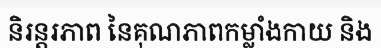
និរន្តរភាព នៃគុណភាពកម្លាំងកាយ និង